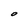
Character: O